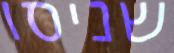
שניסו